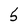
Character: 5